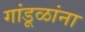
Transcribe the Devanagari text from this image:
गांडूळांना